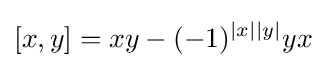
[x,y]=xy-(-1)^{|x||y|}yx\